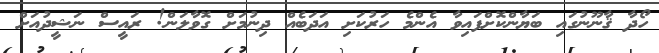
ހޯދާ ޤާނޫނުގައި ބަޔާންކޮށްފައިވާ އެންމެ ހަރުކަށި އަދަބެއް ދިނުމަށް ގޮވާލަން! ރައީސް ނަޝީދުއަށް